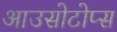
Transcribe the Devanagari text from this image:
आउसोटोप्स